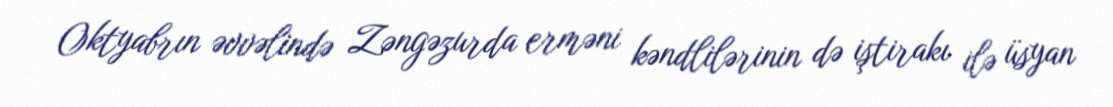
Oktyabrın əvvəlində Zəngəzurda erməni kəndlilərinin də iştirakı ilə üsyan